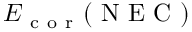
E _ { \mathrm { ~ c ~ o ~ r ~ } } ( \mathrm { ~ N ~ E ~ C ~ } )